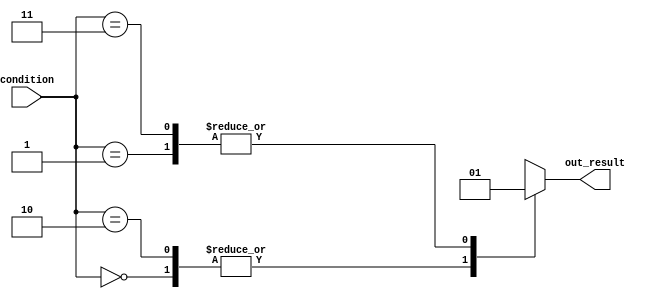
module case_statement_example (
    input [1:0] condition,
    output reg out_result
);

initial begin
    case (condition)
        2'b00: out_result = 1'b0; // if condition is 00, set out_result to 0
        2'b01: out_result = 1'b1; // if condition is 01, set out_result to 1
        2'b10: out_result = 1'b0; // if condition is 10, set out_result to 0
        2'b11: out_result = 1'b1; // if condition is 11, set out_result to 1
        default: out_result = 1'bx; // default case when no condition is matched
    endcase
end
endmodule